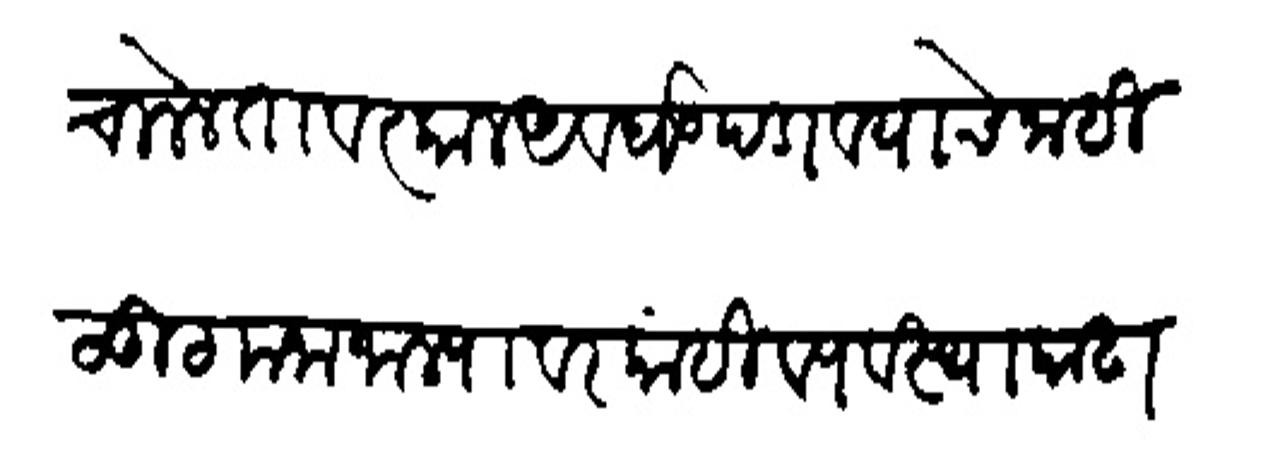
Transliteration (Devanagari): चालेल तावत्काल अवघड पडावयाचे नाही लूट मना जाल्यावर कांही व्यवस्था काढा